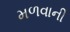
મળવાની